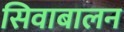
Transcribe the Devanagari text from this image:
सिवाबालन